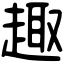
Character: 趣